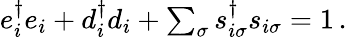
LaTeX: \begin{array}{r}{e_{i}^{\dagger}e_{i}+d_{i}^{\dagger}d_{i}+\sum_{\sigma}s_{i\sigma}^{\dagger}s_{i\sigma}=1\, .}\end{array}